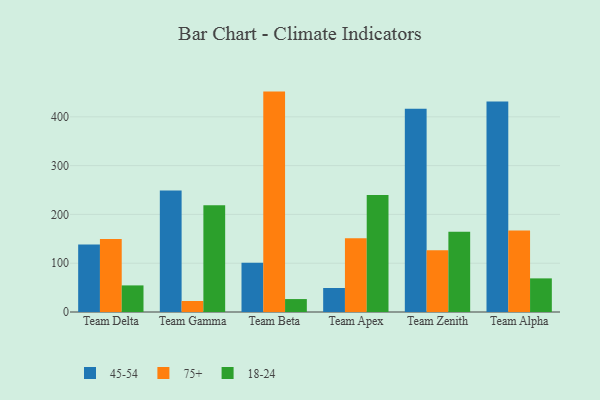
{"axis": {"x": "Team", "y": "Active Users"}, "legend": ["18-24", "45-54", "75+"], "data": [{"x": "Team Delta", "y": 138.5, "type": "45-54"}, {"x": "Team Delta", "y": 149.4, "type": "75+"}, {"x": "Team Delta", "y": 54.5, "type": "18-24"}, {"x": "Team Gamma", "y": 249.2, "type": "45-54"}, {"x": "Team Gamma", "y": 22.5, "type": "75+"}, {"x": "Team Gamma", "y": 218.9, "type": "18-24"}, {"x": "Team Beta", "y": 100.8, "type": "45-54"}, {"x": "Team Beta", "y": 451.7, "type": "75+"}, {"x": "Team Beta", "y": 26.5, "type": "18-24"}, {"x": "Team Apex", "y": 49.2, "type": "45-54"}, {"x": "Team Apex", "y": 151.1, "type": "75+"}, {"x": "Team Apex", "y": 239.9, "type": "18-24"}, {"x": "Team Zenith", "y": 416.8, "type": "45-54"}, {"x": "Team Zenith", "y": 126.6, "type": "75+"}, {"x": "Team Zenith", "y": 164.4, "type": "18-24"}, {"x": "Team Alpha", "y": 431.4, "type": "45-54"}, {"x": "Team Alpha", "y": 167.2, "type": "75+"}, {"x": "Team Alpha", "y": 68.9, "type": "18-24"}]}